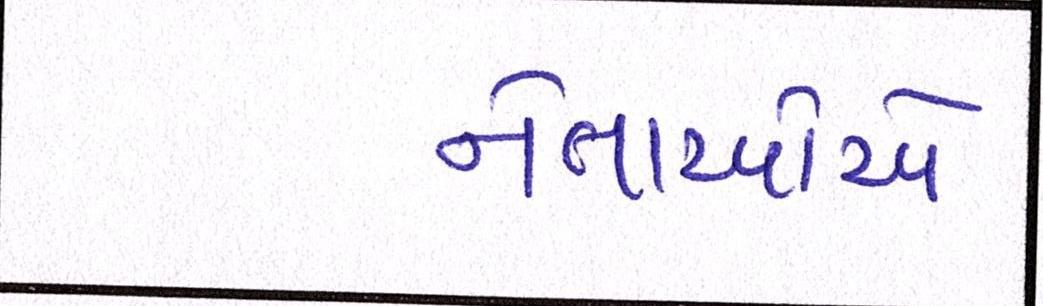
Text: નેતાઓએ